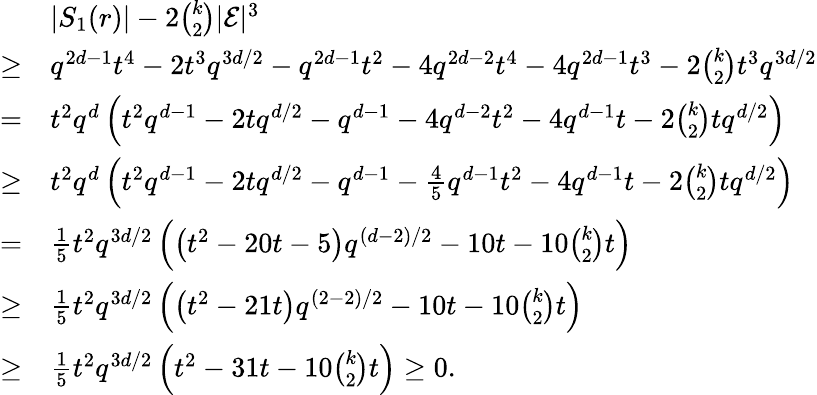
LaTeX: \begin{array}{rl}&{|S_{1}(r)|-2{\binom{k}{2}}|\mathcal{E}|^{3}}\\ {\geq}&{q^{2d-1}t^{4}-2t^{3}q^{3d/2}-q^{2d-1}t^{2}-4q^{2d-2}t^{4}-4q^{2d-1}t^{3}-2{\binom{k}{2}}t^{3}q^{3d/2}}\\ {=}&{t^{2}q^{d}\left(t^{2}q^{d-1}-2tq^{d/2}-q^{d-1}-4q^{d-2}t^{2}-4q^{d-1}t-2{\binom{k}{2}}tq^{d/2}\right)}\\ {\geq}&{t^{2}q^{d}\left(t^{2}q^{d-1}-2tq^{d/2}-q^{d-1}-\frac{4}{5}q^{d-1}t^{2}-4q^{d-1}t-2{\binom{k}{2}}tq^{d/2}\right)}\\ {=}&{\frac{1}{5}t^{2}q^{3d/2}\left(\left(t^{2}-20t-5\right)q^{(d-2)/2}-10t-10{\binom{k}{2}}t\right)}\\ {\geq}&{\frac{1}{5}t^{2}q^{3d/2}\left(\left(t^{2}-21t\right)q^{(2-2)/2}-10t-10{\binom{k}{2}}t\right)}\\ {\geq}&{\frac{1}{5}t^{2}q^{3d/2}\left(t^{2}-31t-10{\binom{k}{2}}t\right)\geq 0.}\end{array}